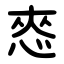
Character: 㤲